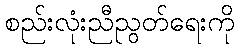
စည်းလုံးညီညွတ်ရေးကို